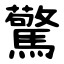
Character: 驚